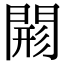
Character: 𨴸